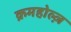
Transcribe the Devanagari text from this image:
क्रमहोल्ज़